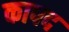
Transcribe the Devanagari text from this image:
कापद